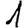
Digit: 1